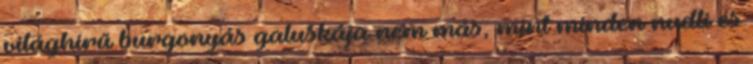
világhírű burgonyás galuskája nem más, mint minden nudli és